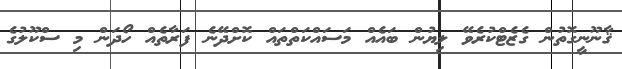
ޤާނޫނީގޮތުން ގެޒެޓްކުރެވޭ ލިޔުން ބައެއް މަސައްކަތްތައް ކޮށްދޭނެ ފަރާތެއް ހޯދަން މި ސްކޫލުގެ